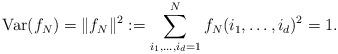
LaTeX: \begin{align*}\mathrm{Var}(f_N) = \|f_N\|^{2}:= \sum\limits_{i_1,\dots,i_d=1}^{N}f_N(i_1,\dots,i_d)^2 = 1.\end{align*}